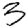
Digit: 3